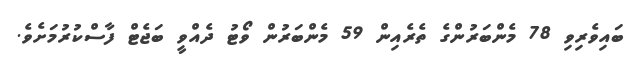
ބައިވެރިވި 78 މެންބަރުުންގެ ތެރެއިން 59 މެންބަރުން ވޯޓު ދެއްވީ ބަޖެޓް ފާސްކުރުމަށެވެ.